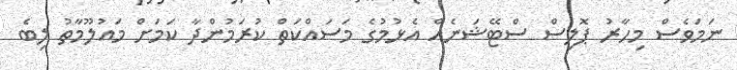
ނަމަވެސް މިހާރު ޕޮލިސް ސްޓޭޝަނެއް އެޅުމުގެ މަސައްކަތް ކުރަމުންދާ ކަމަށް މައުލޫމާތު ލިބެ